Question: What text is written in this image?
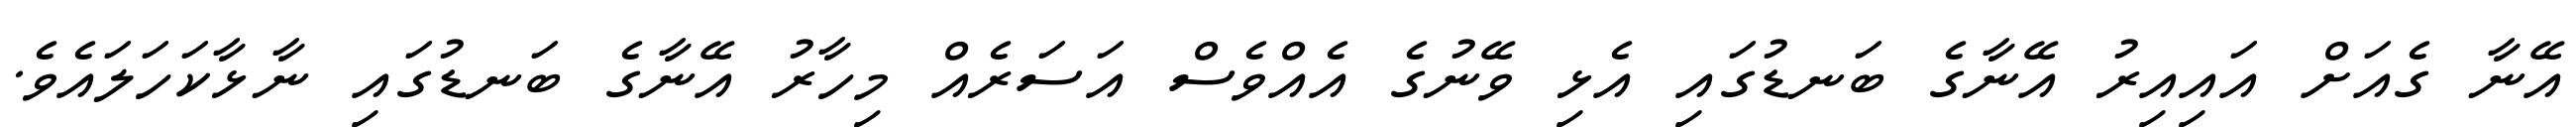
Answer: އޭނާ ގެއަށް އައިއިރު އޭނާގެ ބަނޑުގައި އެޅި ވޭނުގެ އެއްވެސް އަސަރެއް މިހާރު އޭނާގެ ބަނޑުގައި ނާޅާކަހަލައެވެ.